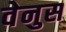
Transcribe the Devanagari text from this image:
वेनुस